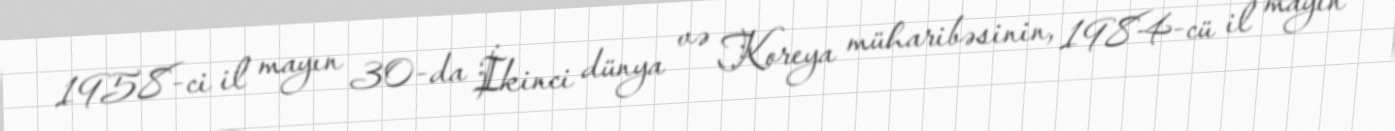
1958-ci il mayın 30-da İkinci dünya və Koreya müharibəsinin, 1984-cü il mayın